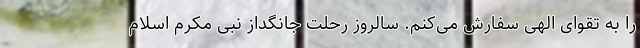
را به تقوای الهی سفارش می‌کنم. سالروز رحلت جانگداز نبی مکرم اسلام